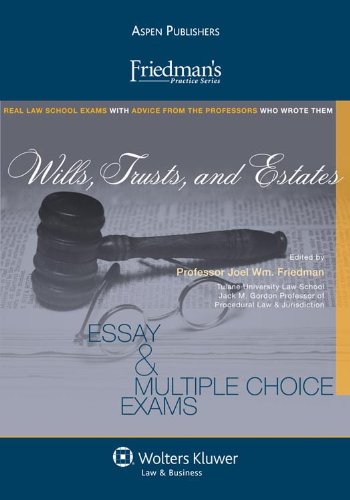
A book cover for Friedman's Practice Series: Wills,Trusts and Estates; Bonfield; Law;